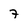
Character: 7